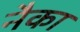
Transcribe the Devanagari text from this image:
नैका